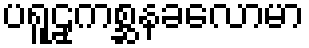
ပရူဠှကစ္ဆနခလောမာ